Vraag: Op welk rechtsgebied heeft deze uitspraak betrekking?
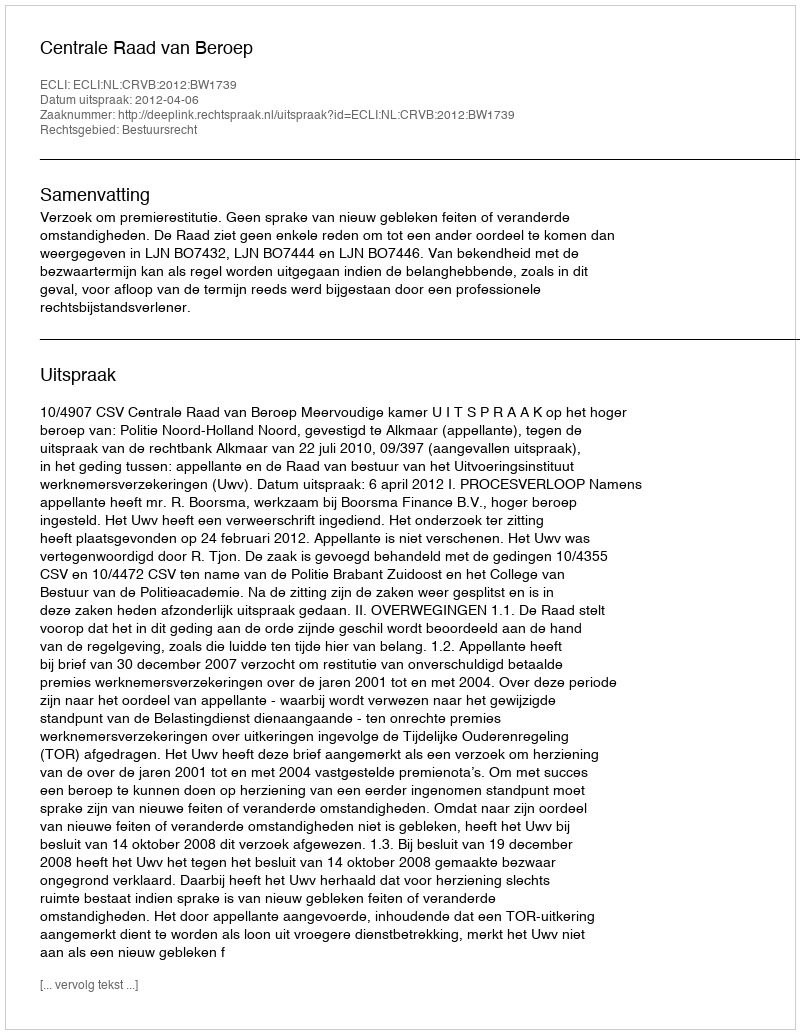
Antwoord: Bestuursrecht